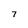
Character: 7